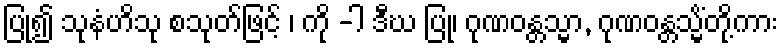
ပြု၍ သုနံဟိသု စသုတ်ဖြင့် ၊ ကို -ါ ဒီဃ ပြု၊ ဂုဏဝန္တသ္မာ, ဂုဏဝန္တသ္မိံတို့ကား